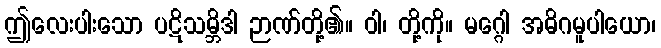
ဤလေးပါးသော ပဋိသမ္ဘိဒါ ဉာဏ်တို့၏။ ဝါ၊ တို့ကို။ မဂ္ဂေါ အဓိဂမူပါယော၊